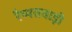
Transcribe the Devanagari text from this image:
रैय्यतवाड़ी